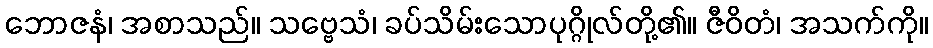
ဘောဇနံ၊ အစာသည်။ သဗ္ဗေသံ၊ ခပ်သိမ်းသောပုဂ္ဂိုလ်တို့၏။ ဇီဝိတံ၊ အသက်ကို။